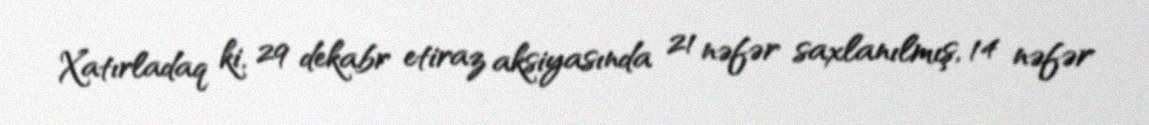
Xatırladaq ki, 29 dekabr etiraz aksiyasında 21 nəfər saxlanılmış, 14 nəfər